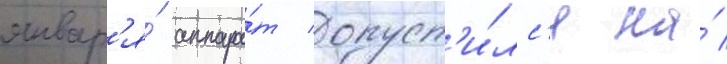
январ'я́ аппара́т опуст'и́лс'я на́